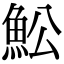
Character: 䰸